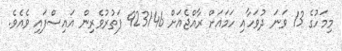
މިމަހުގެ 13 ވަނަ ދުވަހާއި ހަމައަށް ރާއްޖެއަށް 923146 ފަތުރުވެރިން އައިސްފައި ވެއެވެ.